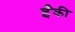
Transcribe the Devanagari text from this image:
ईँकी